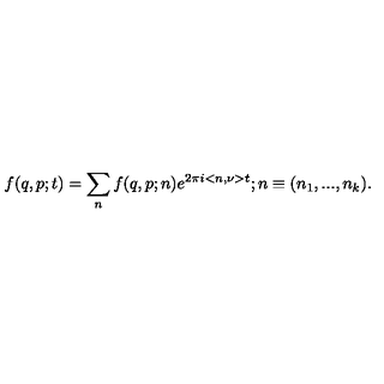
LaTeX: f ( q , p ; t ) = \sum _ { n } f ( q , p ; n ) e ^ { 2 { \pi } i < n , \nu > t } ; n \equiv ( n _ { 1 } , . . . , n _ { k } ) .